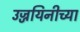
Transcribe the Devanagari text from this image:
उज्जयिनीच्या